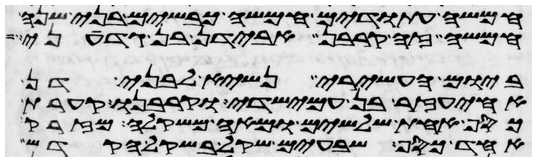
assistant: חמשה עתודים חמשה כבשים בני שנה
חמשה זה קרבן אבידן בן גדעוני
ביום העשירי נשיא לבני דן
אחיעזר בן עמישדי וקרבנו קערת
כסף אחת שלשים ומאה משקלה מזרק
אחד כסף שבעים שקל בשקל הקדש